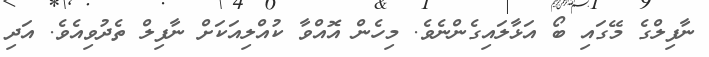
ނާފިލްގެ މޭގައި ބޯ އަޅާލައިގެންނެވެ. މިހެން އޮއްވާ ކުއްލިއަކަށް ނާފިލް ތެދުވިއެވެ. އަދި